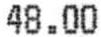
48.00